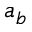
a _ { b }